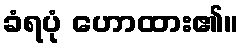
ခံရပုံ ဟောထား၏။